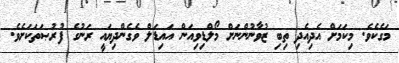
މަގެކެވެ. މިކަމަށް އެދިއެދި ތިބި ޒުވާނުންނަށް މޯލްޑިވިއަން އައިޑަލް ވެގެންދިޔައީ ރަނުގެ ފުރުޞަތަކަށެވެ.